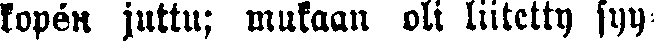
kopén juttu; mukaan oli liitetty syy-